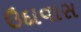
ઉદાવાસ